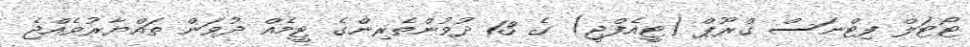
ޓޯޓަލް ފިޓްނަސް ގްރޫޕް (ޓީއެފްޖީ) ގެ 13 ދުވުންތެރިންގެ ޓީމެއް ދުވަން ތައްޔާރުވެއްޖެ